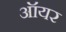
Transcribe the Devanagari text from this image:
ऑयर